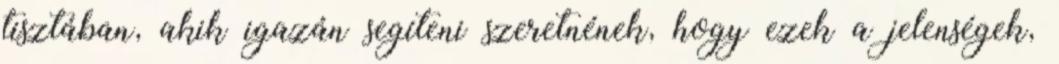
tisztában, akik igazán segíteni szeretnének, hogy ezek a jelenségek,